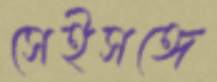
সেইসঙ্গে